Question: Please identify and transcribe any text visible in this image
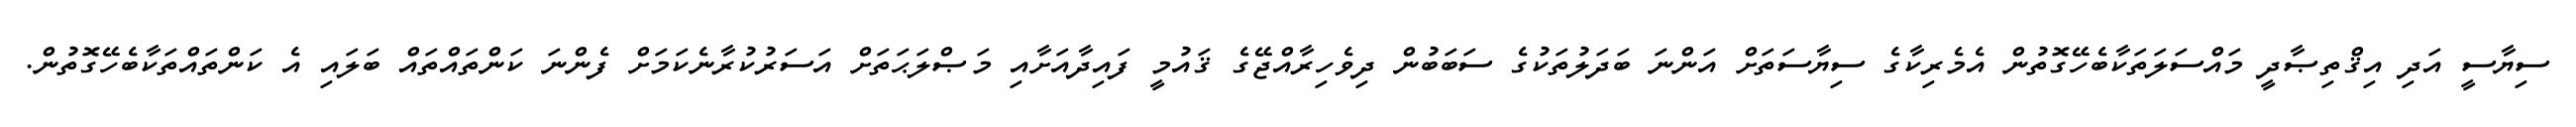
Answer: ސިޔާސީ އަދި އިޤްތިޞާދީ މައްސަލަތަކާބެހޭގޮތުން އެމެރިކާގެ ސިޔާސަތަށް އަންނަ ބަދަލުތަކުގެ ސަބަބުން ދިވެހިރާއްޖޭގެ ޤައުމީ ފައިދާއަށާއި މަޞްލަޙަތަށް އަސަރުކުރާނެކަމަށް ފެންނަ ކަންތައްތައް ބަލައި އެ ކަންތައްތަކާބެހޭގޮތުން.